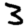
Digit: 3